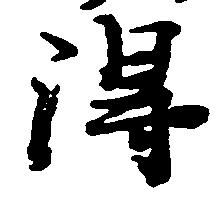
得